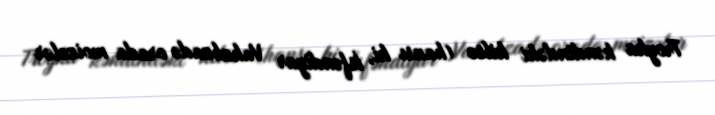
Troyka kəndindəki kilsə (hansı ki, İsfəndiyar Vahabzadə orada moizələr